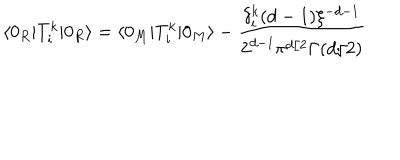
\langle 0 _ { R } | T _ { i } ^ { k } | 0 _ { R } \rangle = \langle 0 _ { M } | T _ { i } ^ { k } | 0 _ { M } \rangle - \frac { \delta _ { i } ^ { k } ( d - 1 ) \xi ^ { - d - 1 } } { 2 ^ { d - 1 } \pi ^ { d / 2 } \Gamma ( d / 2 ) }